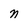
Character: n